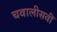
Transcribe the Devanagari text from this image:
चवालीसवीं